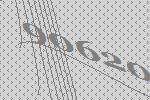
90620